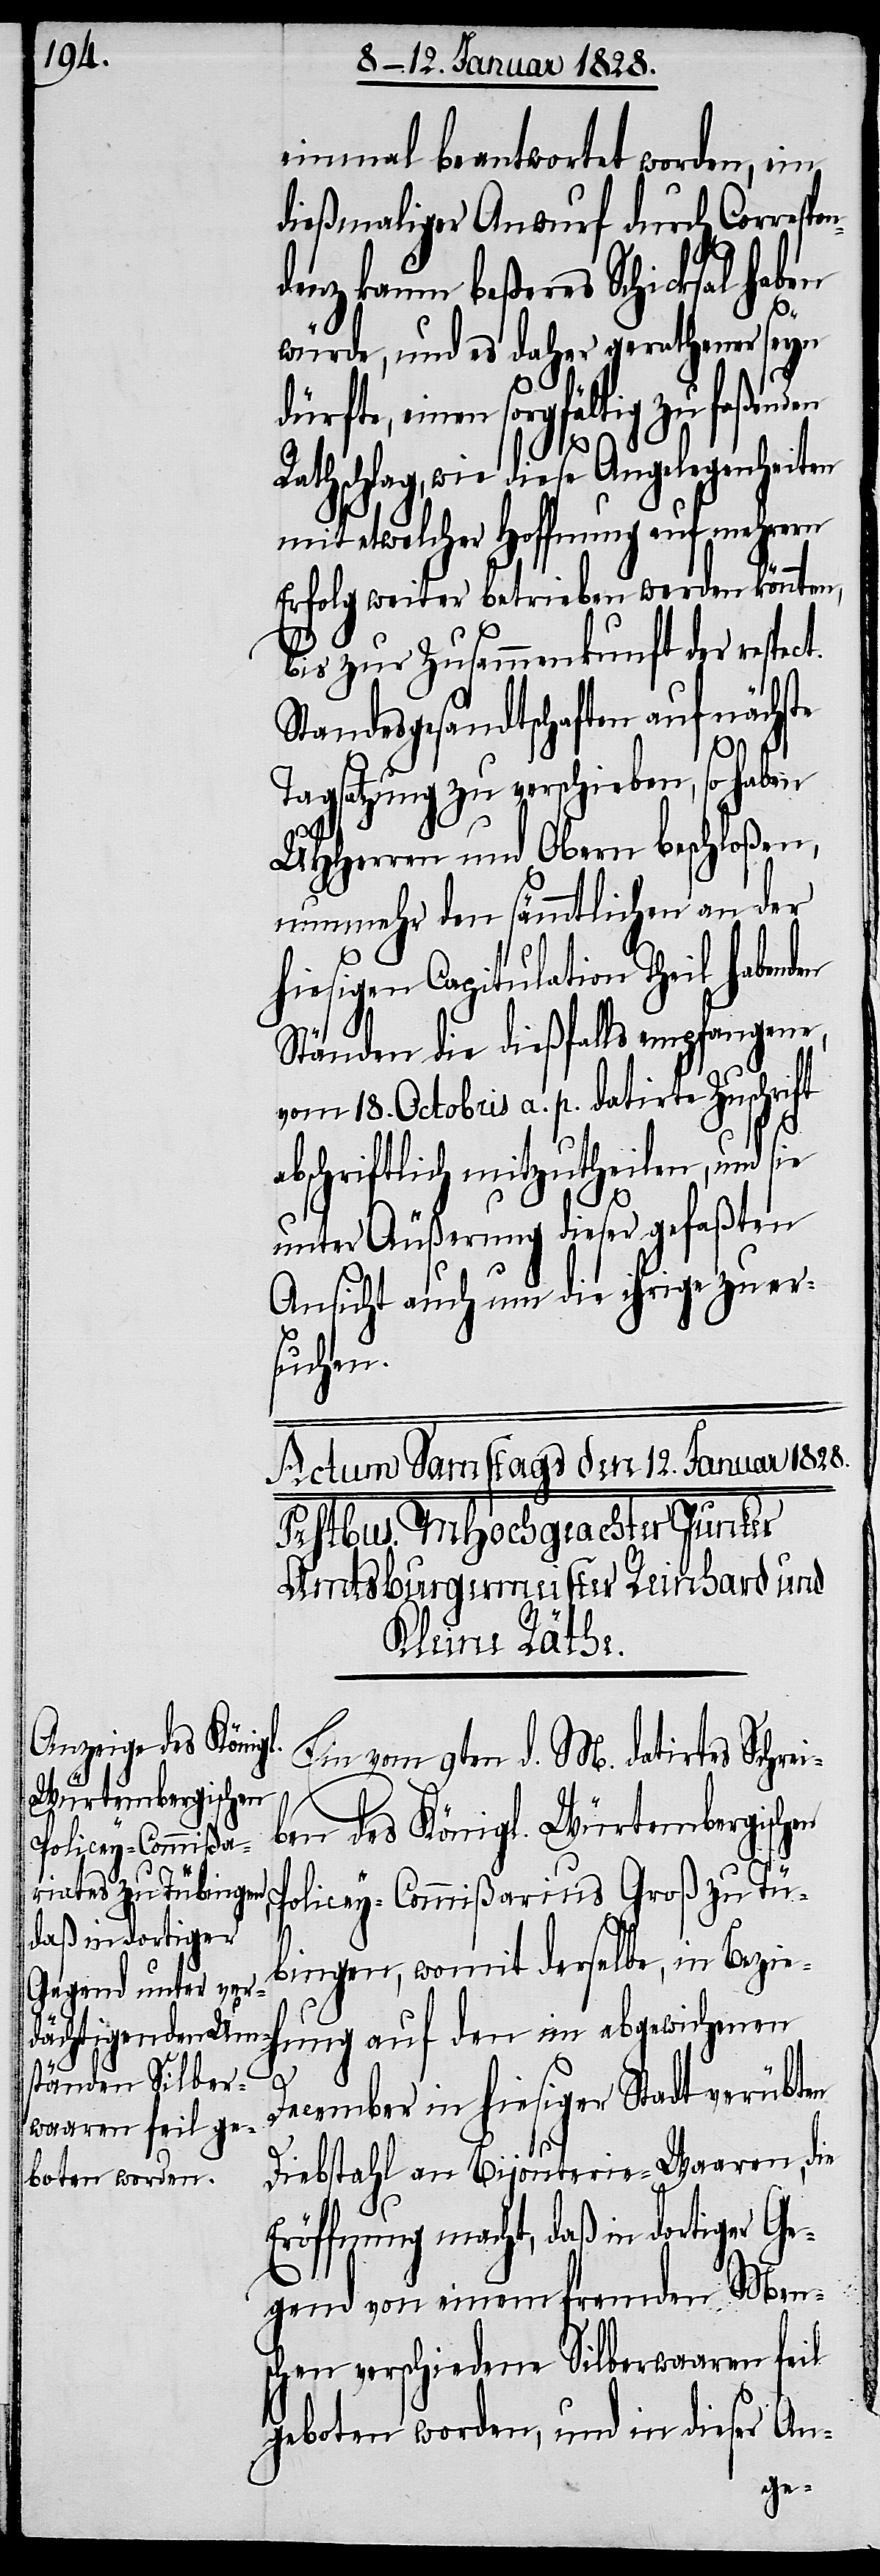
einmal beantwortet worden, ein
dießmaliger Anwurf durch Corresp¬
t.
denz kaum beßeres Schicksal haben
R¬
würde, und es daher gerathener seyn
auf den im abgewichenen
atschlag, wie diese Angelegenheiten
mit etwelcher Hoffnung auf mehrern
Erfolg weiter betrieben werden könnten,
bis zur Zusammenkunft der respec¬
Standesgesandtschaften auf nächste
Tagsatzung zu verschieben, so haben
UHHerren und Obern beschloßen,
nunmehr den sämmtlichen an der
hiesigen Capitulation Theil habend¬
Ständen die dießfalls empfangene,
vom 18. Octobris a. p. datirte Zuschrift
abschriftlich mitzutheilen, und sie
unter Äußerung dieser gefaßten
Ansicht auch um die ihrige zu er¬
suchen.
Ein vom 9ten d. M. datirtes Schrei¬
ben des Königl. Würtembergischen
Policey-Commißarius Groß zu Tü¬
bingen, womit derselbe, in Bezie¬
en
hung
December in hiesiger Stadt verübten
Diebstahl an Bijouterie-Waaren, die
Eröffnung macht, daß in dortiger Ge¬
gend von einem fremden Men¬
schen verschiedene Silberwaaren feil
geboten worden, und in dieser An-